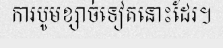
ការបូមខ្សាច់ទៀតនោះដែរ។